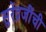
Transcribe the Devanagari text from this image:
सुरेंद्रजींची